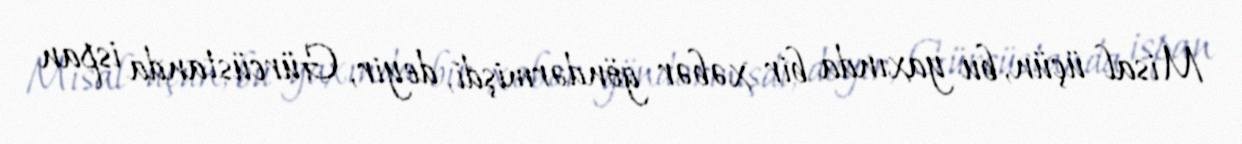
Misal üçün, bu yaxında bir xəbər göndərmişdi, deyir, Gürcüstanda ispan